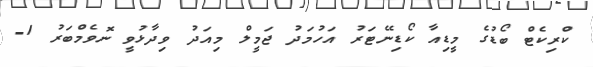
ކްރިކެޓް ބޯޑުގެ މީޑިއާ ކޯޑިނޭޓަރު އަހުމަދު ޖަމީލް މިއަދު ވިދާޅުވީ ނޮވެމްބަރު 1-